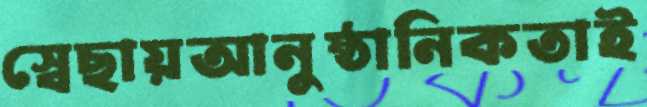
স্বেছায়আনুষ্ঠানিকতাই